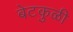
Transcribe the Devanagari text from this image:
बेटकुळी